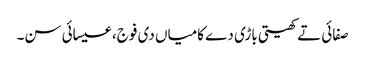
صفائی تے کھیتی باڑی دے کامیاں دی فوج، عیسائی سن۔